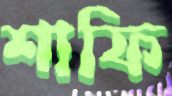
শাফি